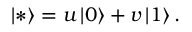
\left| * \right> = u \left| 0 \right> + v \left| 1 \right> .